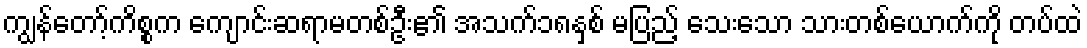
ကျွန်တော့်ကိစ္စက ကျောင်းဆရာမတစ်ဦး၏ အသက်၁၈နှစ် မပြည့် သေးသော သားတစ်ယောက်ကို တပ်ထဲ